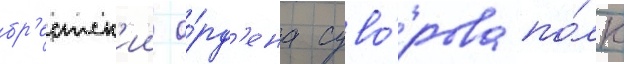
бр'естск'ии о́рд'ена суво́рова по́лк